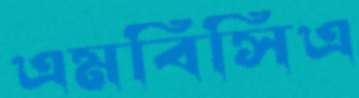
এমবিসিএ